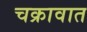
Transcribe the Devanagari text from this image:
चक्रावात